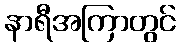
နာရီအကြာတွင်